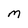
Character: M